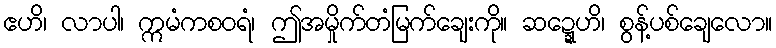
ဧဟိ၊ လာပါ၊ ဣမံကစဝရံ၊ ဤအမှိုက်တံမြက်ချေးကို။ ဆဍ္ဍေဟိ၊ စွန့်ပစ်ချေလော။